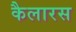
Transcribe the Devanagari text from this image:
कैलारस